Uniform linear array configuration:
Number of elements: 32
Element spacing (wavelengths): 0.75
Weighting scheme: kaiser
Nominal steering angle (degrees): -60
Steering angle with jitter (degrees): -61.184
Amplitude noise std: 0.05
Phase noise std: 0.05

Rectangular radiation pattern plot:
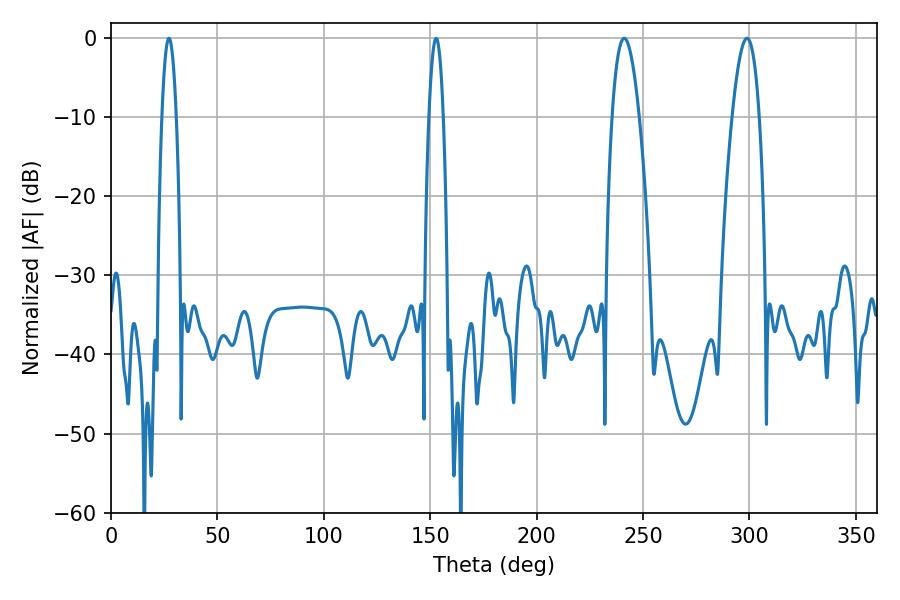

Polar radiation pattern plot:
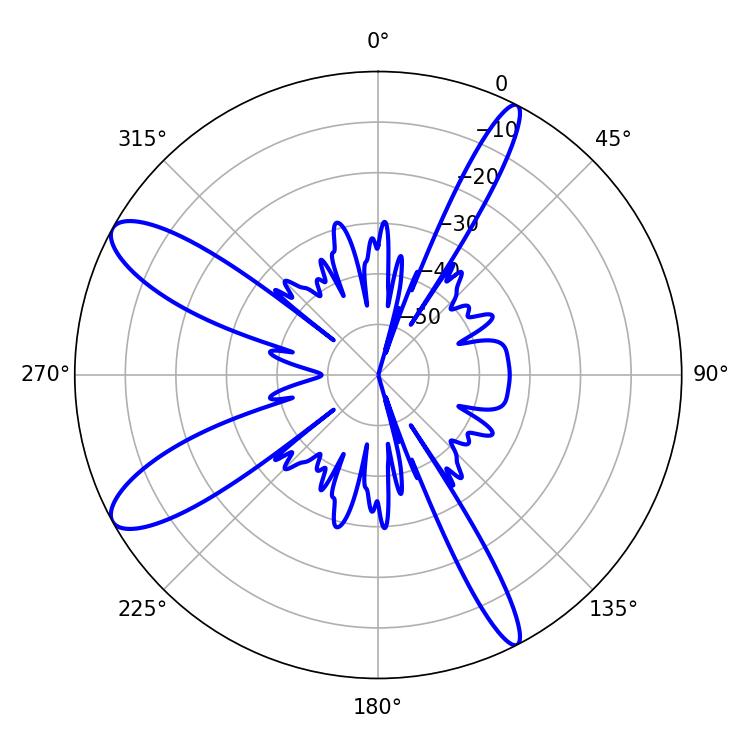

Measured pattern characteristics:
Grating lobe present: TRUE
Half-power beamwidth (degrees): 7.02
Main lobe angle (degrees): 298.8